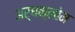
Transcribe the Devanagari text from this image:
अर्धक्लोम